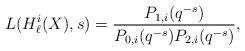
LaTeX: \begin{align*}L(H_\ell^i(X),s)=\frac{P_{1,i}(q^{-s})}{P_{0,i}(q^{-s})P_{2,i}(q^{-s})},\end{align*}